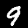
Label: 9